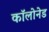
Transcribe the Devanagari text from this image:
कॉलोनेड